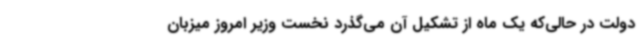
دولت در حالی‌که یک ماه از تشکیل آن می‌گذرد نخست وزیر امروز میزبان